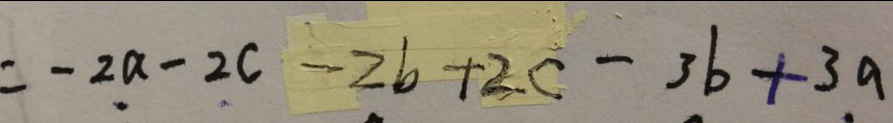
= - 2 a - 2 c - 2 b + 2 c - 3 b + 3 a